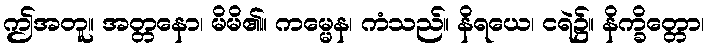
ဤအတူ။ အတ္တနော၊ မိမိ၏။ ကမ္မေန၊ ကံသည်။ နိရယေ၊ ငရဲ၌။ နိက္ခိတ္တော၊